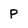
Character: p